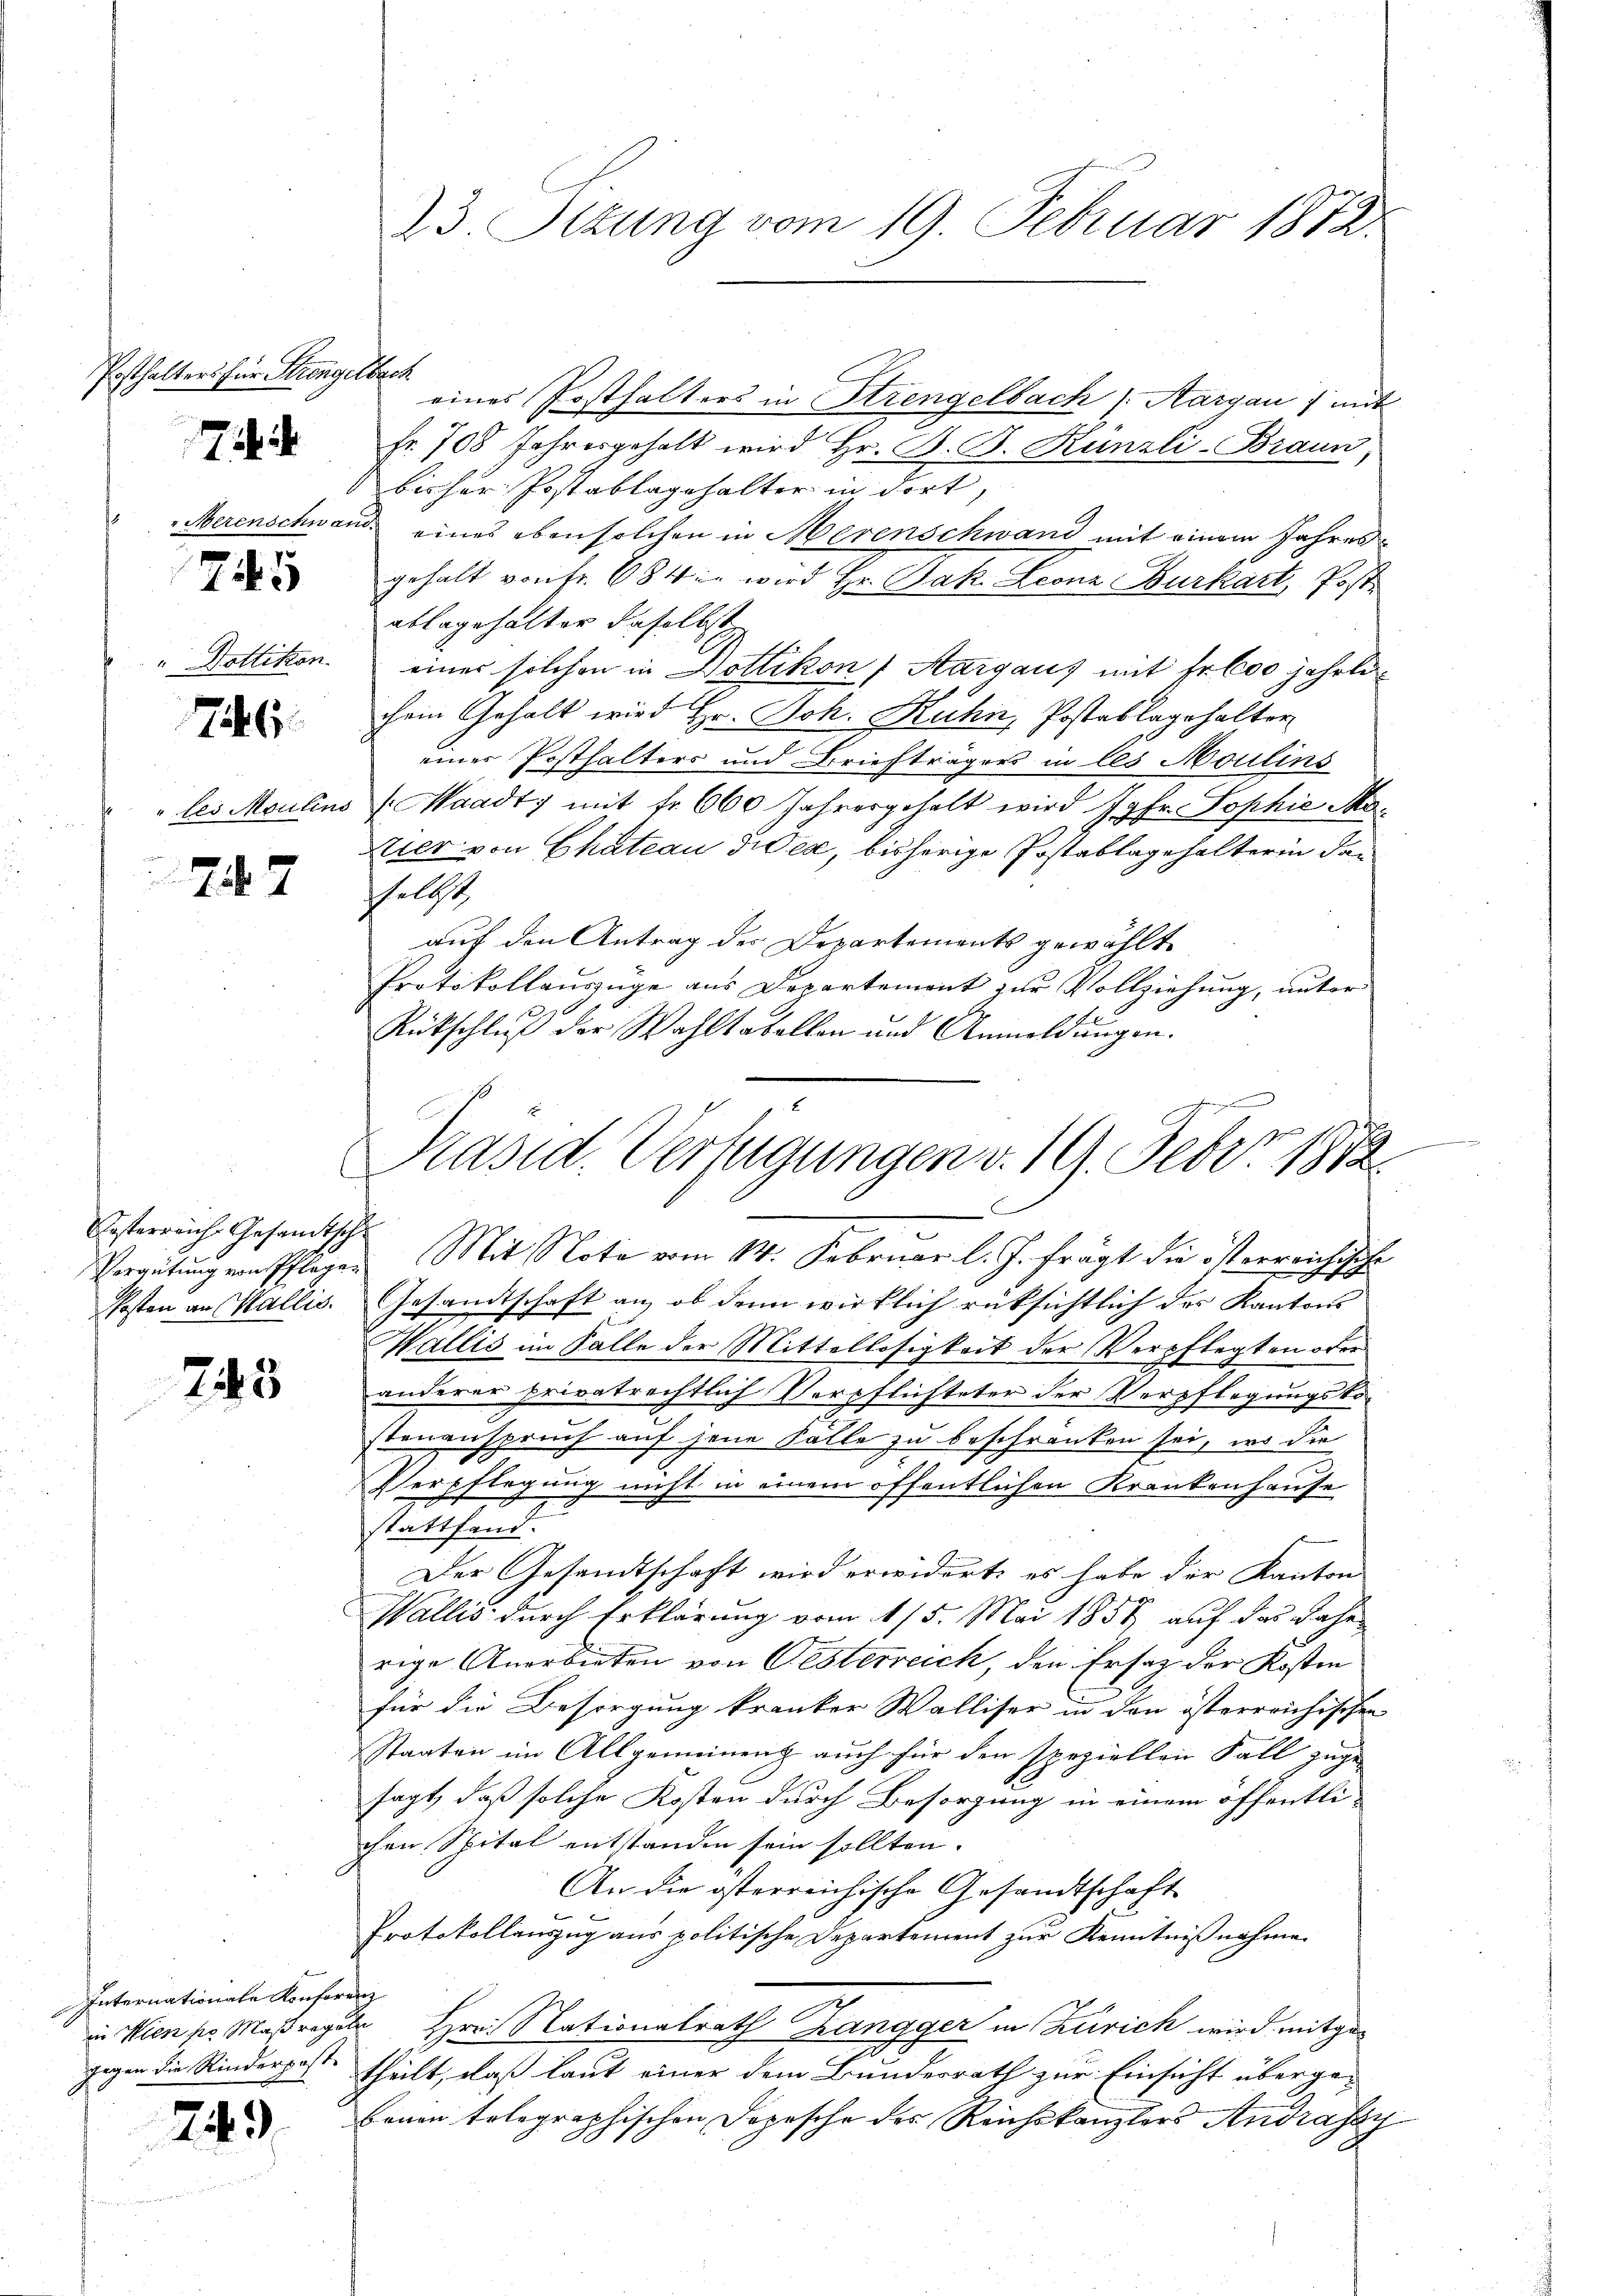
Posthalters für Strengelbach

7

Merenschwei

75

"Hottikon.

746

" bei Moulins

747

Oesterreich Gesandtschl

745

Internationale Konsorenz
gegen die Kinderpost

249

23. Sizung vom 19. Februar 1872.

eines Posthalters in Strengelbach Aargau 1 mit
Fr. 708 Jahresgehalt wird Hr. B. G. Künzli-Braun
bisher Postablagehalter in dort,
ude eines eben solchen in Merenschwand mit einem Jahresgehalt von Fr. 684 in wird Hr. Jak. Leonz Burkart, Post
ablagehalter daselbst
einer solchen in Dottikon, Aargaus mit Fr. 600 jährlichein Gehalt wird Hr. Joh. Kuhn, Postablagehalter
einer Posthalters und Briefträgers in les Moulins
Waadt, mit fr. 660 Jahresgehalt wird Jgfr. Sophie Mo¬
Vier von Chateau diser, bisherige Postablage halterin den
sselbst
auf den Antrag der Departements gewählt
Protokollauszüge aus Departement zur Vollziehung, unter
Rückschluß der Wahltabellen und Anmeldungen.

¬
Präsid. Verfügungen v. 19. Febr. 1872.

Vergütung von Pflegen Mit Nota vom 14. Februar l. J. frägt die österreichische
kosten an Wallis. Gesandtschaft an, ob dann wirklich rüksichtlich der Kantons
Wallis im Falle der Mittellosigkeit der Verpflegten oder
anderer privatrechtlich Verpflichteter der Verpflegungsko-
stenanspruch auf jene Fälle zu beschränken sei, wo die
Verpflegung nicht in einem öffentlichen Krankenhause
stattfand.
Der Gesandtschaft wird erwidert, es habe der Kanton
Wallis durch Erklärung vom 115. Mai 1857 auf das dahe
rige Anerbieten von Oesterreich, den Ersatz der Kosten
für die Besorgung kranker Walliser in den österreichischen
Staaten im Allgemeinenz auch für den speziellen Fall zugesagt, daß solche Kosten durch Besorgung in einem öffentlichen Spital entstanden sein sollten. |
An die osterreichische Gesandtschaft
Protokollauszug aus politische Departement zur Kenntnißnahme.
in Wien pr. Maßregeln Hrn. Nationalrath Zangger in Zürich wird mitge-
theilt, daß laut einer dem Bundesrath zur Einsicht übergebenen telegraphischen Depesche des Reichskanzlers Andrasay